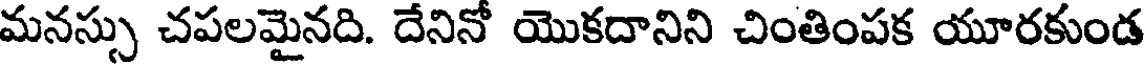
మనస్సు చపలమైనది. దేనినో యొకదానిని చింతింపక యూరకుండ